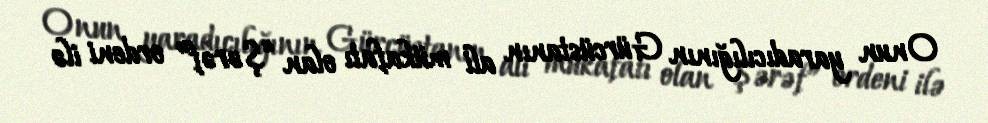
Onun yaradıcılığının Gürcüstanın ali mükafatı olan “Şərəf” ordeni ilə